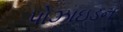
પોઝાઇડન